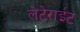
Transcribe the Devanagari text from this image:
लेटेराईट